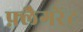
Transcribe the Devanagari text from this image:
फ़्लैगरेंट